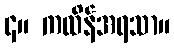
၄။ ကထိန်အရသာ။